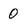
Character: 0